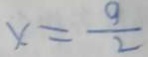
x = \frac { 9 } { 2 }